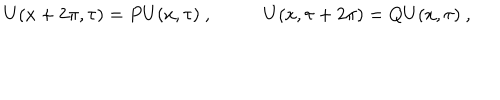
LaTeX: U ( x + 2 \pi , \tau ) = P U ( x , \tau ) ~ , ~ ~ U ( x , \tau + 2 \pi ) = Q U ( x , \tau ) ~ ,